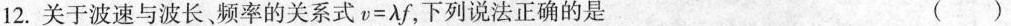
12.关于波速与波长频率的关系式$$v=\lambda f$$，下列说法正确的是 ()